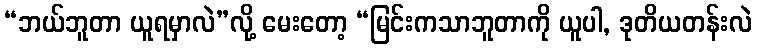
“ဘယ်ဘူတာ ယူရမှာလဲ”လို့ မေးတော့ “မြင်းကသာဘူတာကို ယူပါ, ဒုတိယတန်းလဲ